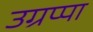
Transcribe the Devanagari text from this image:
उग्रप्पा